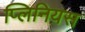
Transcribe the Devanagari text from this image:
प्लिनियस